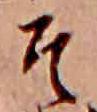
そ